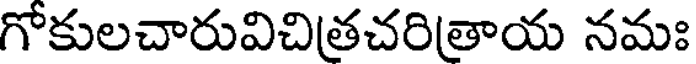
గోకులచారువిచిత్రచరిత్రాయ నమః